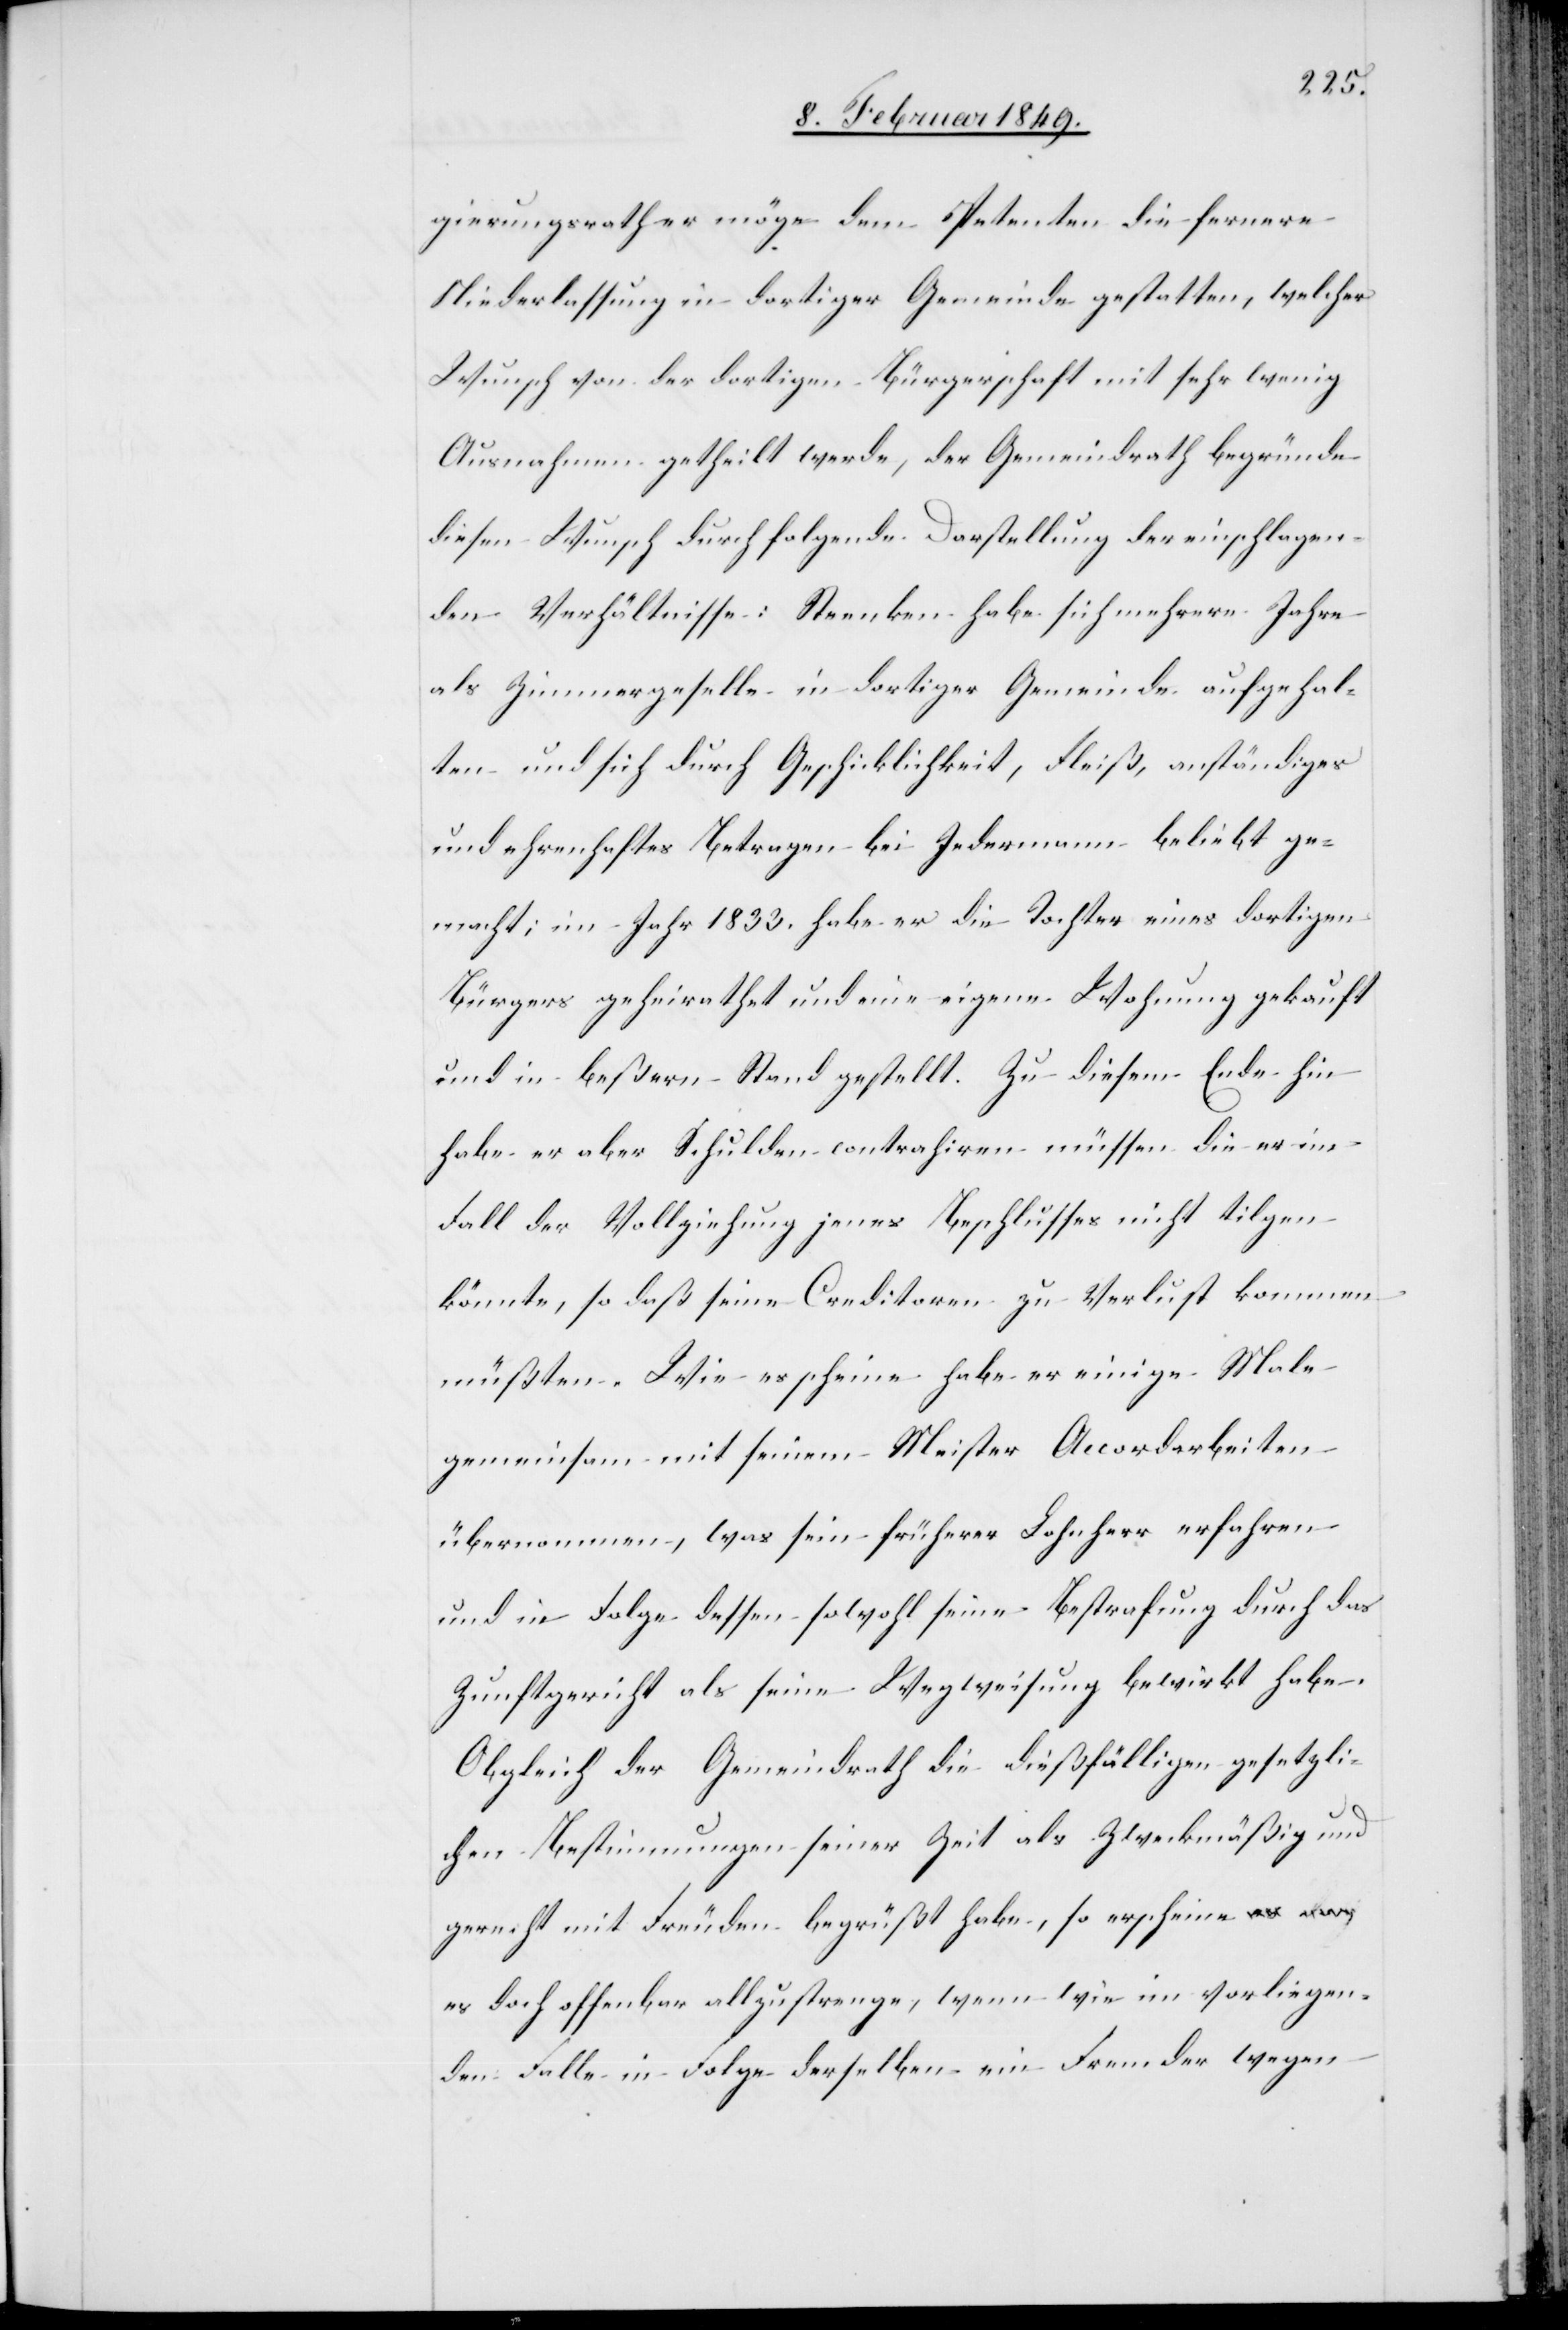
gierungsrath er möge dem Petenten die fernere
Niederlassung in dortiger Gemeinde gestatten, welcher
Wunsch von der dortigen Bürgerschaft mit sehr wenig
Ausnahmen getheilt werde, der Gemeindrath begründe
diesen Wunsch durch folgende Darstellung der einschlagen¬
den Verhältnisse: Steenken habe sich mehrere Jahre
als Zimmergeselle in dortiger Gemeinde aufgehal¬
ten und sich durch Geschicklichkeit, Fleiß, anständiges
und ehrenhaftes Betragen bei Jedermann beliebt ge¬
macht; im Jahr 1833. habe er die Tochter eines dortigen
Bürgers geheirathet und eine eigene Wohnung gekauft
und in beßern Stand gestellt. Zu diesem Ende hin
habe er aber Schulden contrahiren müssen die er im
Fall der Vollziehung jenes Beschlusses nicht tilgen
könnte, so daß seine Creditoren zu Verlust kommen
müßten. Wie es scheine habe er einige Male
gemeinsam mit seinem Meister Accordarbeiten
übernommen, was sein früherer Lohnherr erfahren
und in Folge dessen sowohl seine Bestrafung durch das
Zunftgericht als seine Wegweisung bewirkt habe.
Obgleich der Gemeindrath die dießfälligen gesetzli¬
chen Bestimmungen seiner Zeit als zweckmäßig und
gerecht mit Freuden begrüßt habe, so erscheine es
doch offenbar allzu strenge, wenn wie im vorliegen¬
den Falle in Folge derselben ein Fremder wegen